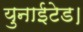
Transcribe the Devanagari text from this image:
युनाईटेड।